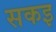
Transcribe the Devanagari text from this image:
सकइ